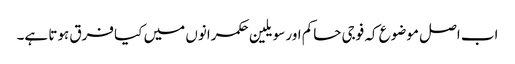
اب اصل موضوع کہ فوجی حاکم اور سویلین حکمرانوں میں کیا فرق ہوتا ہے۔